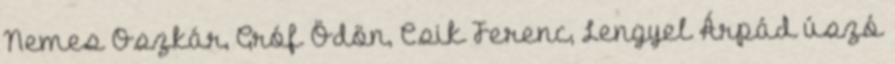
Nemes Oszkár, Gróf Ödön, Csik Ferenc, Lengyel Árpád úszó